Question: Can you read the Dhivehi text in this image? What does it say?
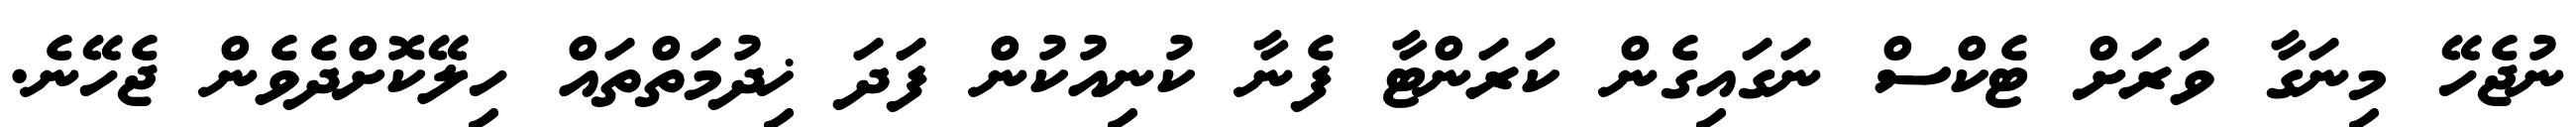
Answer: ނުޖެހޭ މިނަގާ ވަރަށް ޓެކްސް ނަގައިގެން ކަރަންޓާ ފެނާ ކުނިއުކުން ފަދަ ޚިދުމަތްތައް ހިލޭކޮށްދެވެން ޖެހޭނެ.